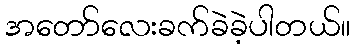
အတော်လေးခက်ခဲခဲ့ပါတယ်။